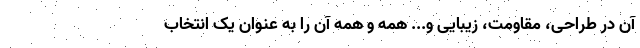
آن در طراحی، مقاومت، زیبایی و... همه و همه آن را به عنوان یک انتخاب